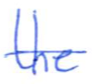
Text: the
Cross-out: single-line
Writing tool: ballpoint